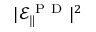
| \mathcal { E } _ { \| } ^ { \mathrm { ~ P ~ D ~ } } | ^ { 2 }